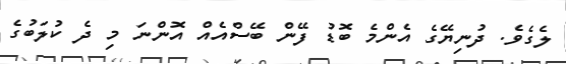
ލެގެވެ. ދުނިޔޭގެ އެންމެ ބޮޑު ފޭން ބޭސްއެއް އޮންނަ މި ދެ ކުލަބުގެ